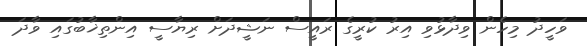
ވަހީދު މިހެން ވިދާޅުވި އިރު ކުރީގެ ރައީސް ނަޝީދަށް ރިޔާސީ އިންތިޚާބުގައި ވާދަ